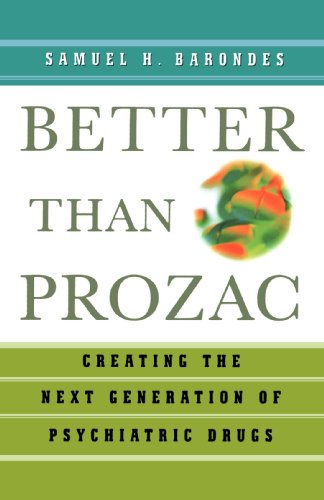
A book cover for Better than Prozac: Creating the Next Generation of Psychiatric Drugs; Samuel H. Barondes; Medical Books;